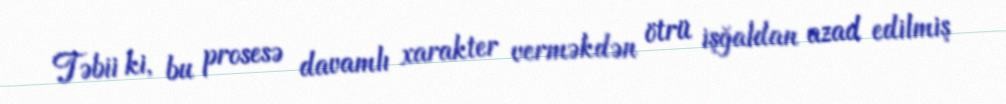
Təbii ki, bu prosesə davamlı xarakter verməkdən ötrü işğaldan azad edilmiş